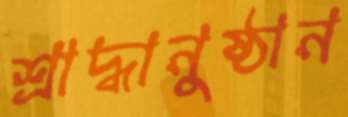
শ্রাদ্ধানুষ্ঠান